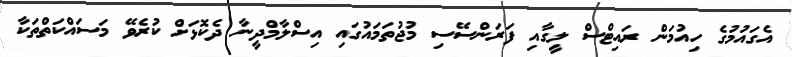
އެގައުމުގެ ހިއުމަން ރައިޓްސް ލީގާއި ފަރަންސޭސި މުޖުތަމައުގައި އިސްލާމްދީނާ ދެކޮޅަށް ކުރެވޭ މަސައްކަތްތަކާ